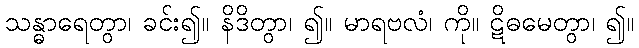
သန္ဓာရေတွာ၊ ခင်း၍။ နိဒိတွာ၊ ၍။ မာရဗလံ၊ ကို။ ဋိဓမေတွာ၊ ၍။